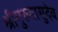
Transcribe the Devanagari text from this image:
श्रीगुरुवासुदेव